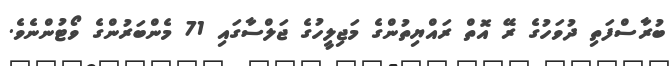
ބުރާސްފަތި ދުވަހުގެ ރޭ އޮތް ރައްޔިތުންގެ މަޖިލީހުގެ ޖަލްސާގައި 71 މެންބަރުންގެ ވޯޓުންނެވެ.